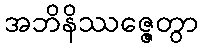
အဘိနိဿဇ္ဇေတွာ